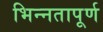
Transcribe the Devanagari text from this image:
भिन्‍नतापूर्ण